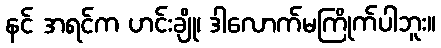
နင် အရင်က ဟင်းချို၊ ဒါလောက်မကြိုက်ပါဘူး။